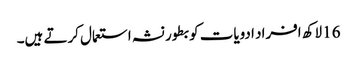
16 لاکھ افراد ادویات کو بطور نشہ استعمال کرتے ہیں۔